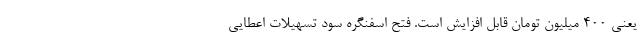
یعنی 400 میلیون تومان قابل افزایش است. فتح اسفنگره سود تسهیلات اعطایی